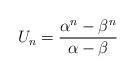
LaTeX: \begin{align*}U_{n}& = \dfrac{\alpha^{n}-\beta^{n}}{\alpha-\beta}\end{align*}